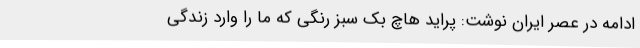
ادامه در عصر ایران نوشت: پراید هاچ بک سبز رنگی که ما را وارد زندگی